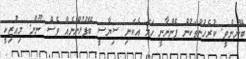
ބޭނުންވީ. ކުރެހުންތަކުން ފެންނާނީ ހަމަ އެކަނި ސިޔާސީ ބޭފުޅުންނެއް ވެސް ނޫން. މިއުޒިކީ